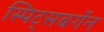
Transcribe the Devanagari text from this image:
स्पिट्सबर्गेन